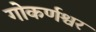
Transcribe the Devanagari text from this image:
गोकर्णश्वर